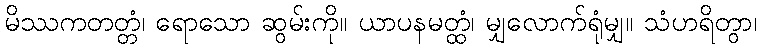
မိဿကတတ္တံ၊ ရောသော ဆွမ်းကို။ ယာပနမတ္ထံ၊ မျှလောက်ရုံမျှ။ သံဟရိတွာ၊